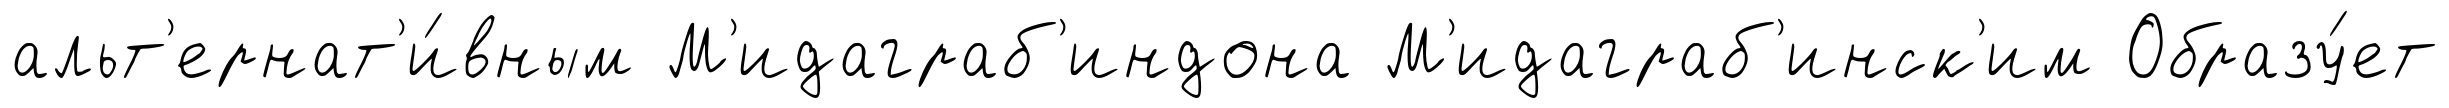
альт'ернат'и́вным М'идаграб'индона М'идаграб'инск'им Образу́ет